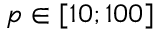
p \in { } [ 1 0 ; 1 0 0 ]